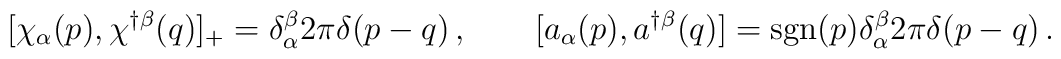
[ \chi_{\alpha}(p) , \chi^{\dagger\beta} ( q) ]_+ = \delta^{\beta}_{\alpha} 2\pi \delta( p - q) \, , \qquad [a_{\alpha}(p), a^{\dagger\beta} (q)] = {\rm sgn} (p)\delta^{\beta}_{\alpha}2\pi\delta(p -q) \, .